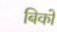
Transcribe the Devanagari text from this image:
बिको